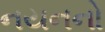
નયનનો